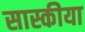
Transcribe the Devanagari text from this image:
सास्कीया